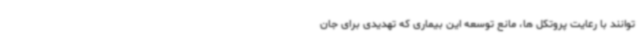
توانند با رعایت پروتکل ها، مانع توسعه این بیماری که تهدیدی برای جان